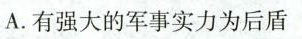
A.有强大的军事实力为后盾